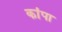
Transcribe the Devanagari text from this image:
कांपा